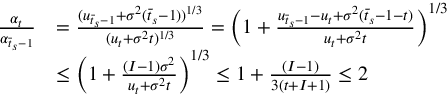
\begin{array} { r l } { \frac { \alpha _ { t } } { \alpha _ { \bar { t } _ { s } - 1 } } } & { = \frac { ( u _ { \bar { t } _ { s } - 1 } + \sigma ^ { 2 } ( \bar { t } _ { s } - 1 ) ) ^ { 1 / 3 } } { ( u _ { t } + \sigma ^ { 2 } t ) ^ { 1 / 3 } } = \bigg ( 1 + \frac { u _ { \bar { t } _ { s } - 1 } - u _ { t } + \sigma ^ { 2 } ( \bar { t } _ { s } - 1 - t ) } { u _ { t } + \sigma ^ { 2 } t } \bigg ) ^ { 1 / 3 } } \\ & { \leq \bigg ( 1 + \frac { ( I - 1 ) \sigma ^ { 2 } } { u _ { t } + \sigma ^ { 2 } t } \bigg ) ^ { 1 / 3 } \leq 1 + \frac { ( I - 1 ) } { 3 ( t + I + 1 ) } \leq 2 } \end{array}